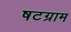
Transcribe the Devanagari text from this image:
षटग्राम